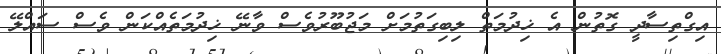
އިގްތިސާދީ ގޮތުން އެ ޚިދުމަތް ލިބިގަތުމަށް މަޖުބޫރުވެސް ވާނޭ ޚިދުމަތެއްކަން ވެސް ސައްލޭ